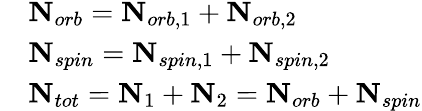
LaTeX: \begin{array}{rl}&{\mathbf{N}_{orb}=\mathbf{N}_{orb,1}+\mathbf{N}_{orb,2}}\\ &{\mathbf{N}_{spin}=\mathbf{N}_{spin,1}+\mathbf{N}_{spin,2}}\\ &{\mathbf{N}_{tot}=\mathbf{N}_{1}+\mathbf{N}_{2}=\mathbf{N}_{orb}+\mathbf{N}_{spin}}\end{array}